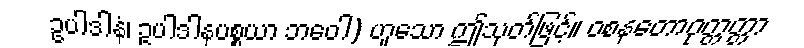
ဥပါဒါနံ၊ ဥပါဒါနပစ္စယာ ဘဝေါ) ဟူသော ဤသုတ်ဖြင့်။ ဝစနတောဝုတ္တတ္တာ